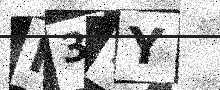
Text: K3NY